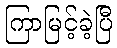
ကြာမြင့်ခဲ့ပြီ